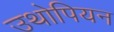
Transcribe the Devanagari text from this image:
उथोपियन